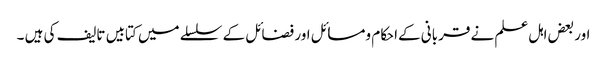
اور بعض اہل علم نے قربانی کےاحکام ومسائل اور فضائل کے سلسلے میں کتابیں تالیف کی ہیں ۔